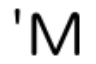
'M